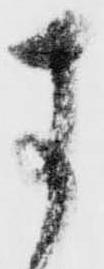
す